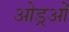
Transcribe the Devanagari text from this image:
ओड्रओं